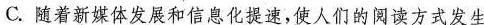
C.随着新媒体发展和信息化提速，使人们的阅读方式发生